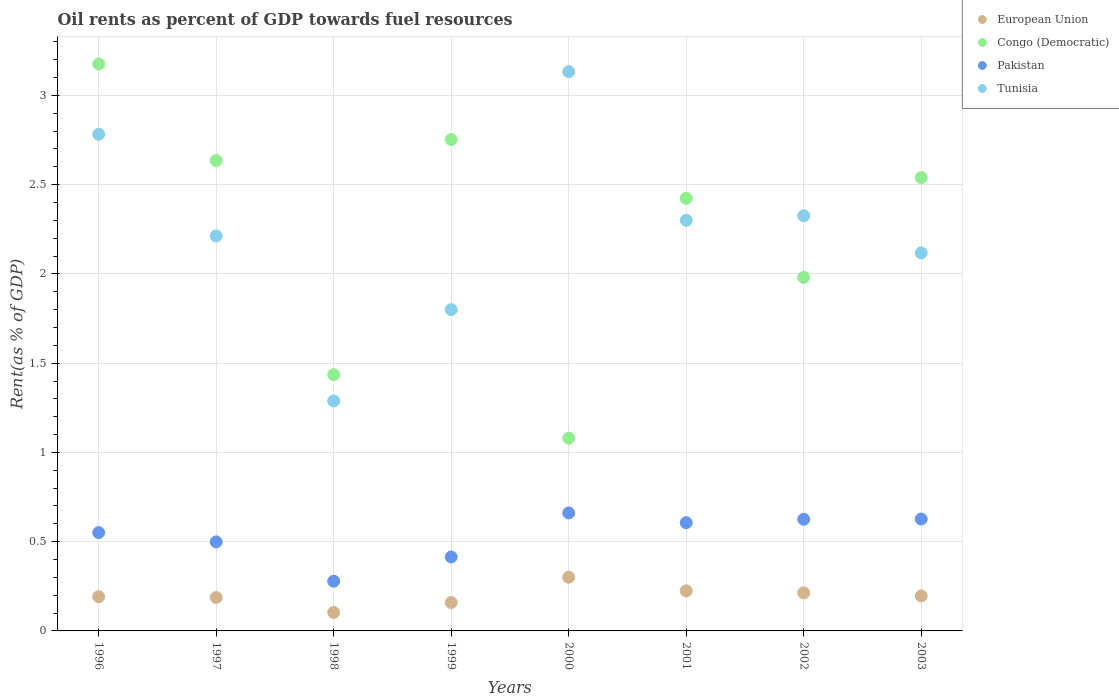
| Years | European Union | Congo (Democratic) | Pakistan | Tunisia |
 | --- | --- | --- | --- | --- |
 | 1996 | 0.192 | 3.18 | 0.551 | 2.78 |
 | 1997 | 0.187 | 2.64 | 0.499 | 2.21 |
 | 1998 | 0.104 | 1.44 | 0.278 | 1.29 |
 | 1999 | 0.159 | 2.75 | 0.414 | 1.8 |
 | 2000 | 0.301 | 1.08 | 0.661 | 3.13 |
 | 2001 | 0.225 | 2.42 | 0.606 | 2.3 |
 | 2002 | 0.213 | 1.98 | 0.625 | 2.33 |
 | 2003 | 0.196 | 2.54 | 0.627 | 2.12 |